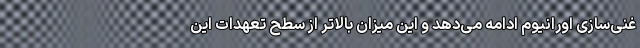
غنی‌سازی اورانیوم ادامه می‌دهد و این میزان بالاتر از سطح تعهدات این